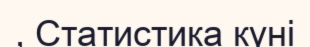
, Статистика күні